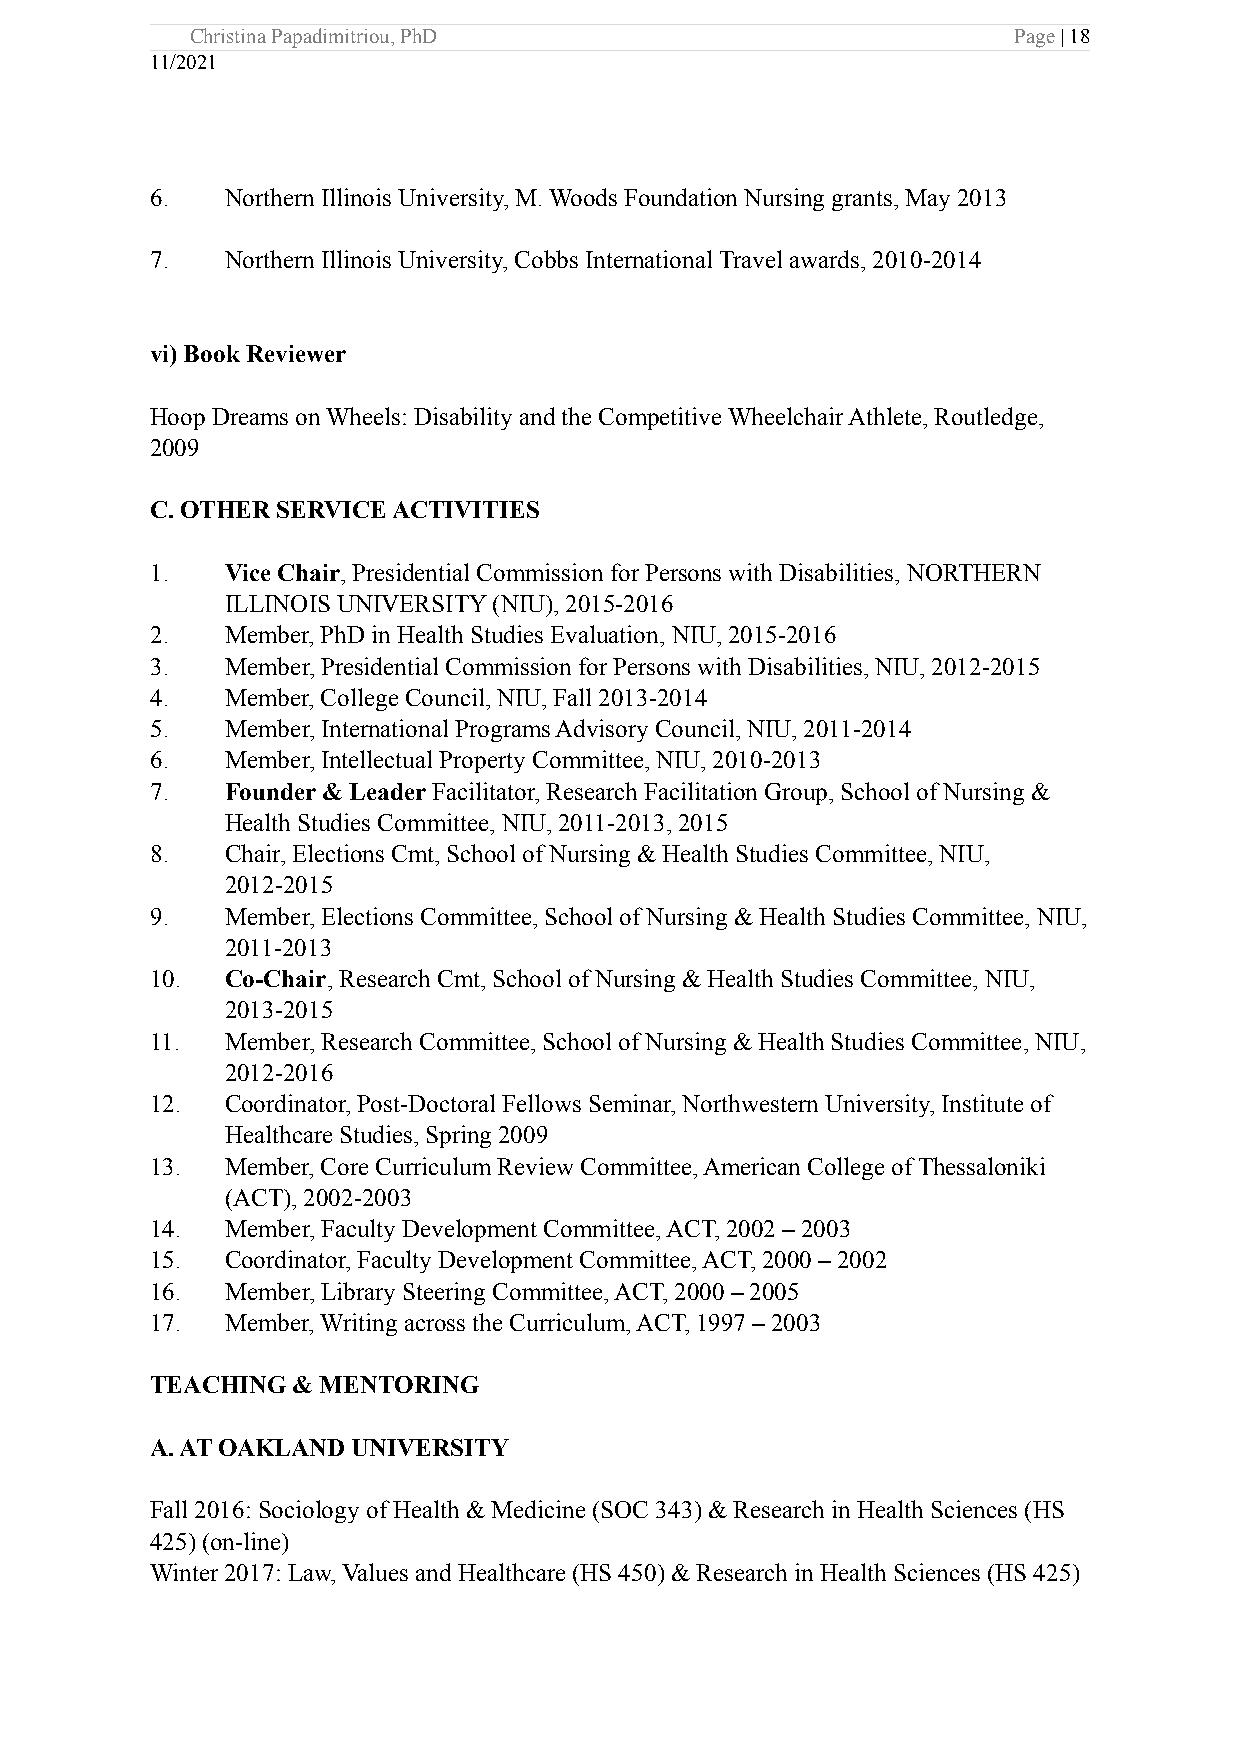
Christina Papadimitriou, PhD                          Page | 18
 11/2021
 6.   Northern Illinois University, M. Woods Foundation Nursing grants, May 2013
 7.   Northern Illinois University, Cobbs International Travel awards, 2010-2014
 vi) Book Reviewer
 Hoop Dreams on Wheels: Disability and the Competitive Wheelchair Athlete, Routledge,
 2009
 C. OTHER SERVICE ACTIVITIES
 1.   Vice Chair, Presidential Commission for Persons with Disabilities, NORTHERN
 ILLINOIS UNIVERSITY (NIU), 2015-2016
 2.   Member, PhD in Health Studies Evaluation, NIU, 2015-2016
 3.   Member, Presidential Commission for Persons with Disabilities, NIU, 2012-2015
 4.   Member, College Council, NIU, Fall 2013-2014
 5.   Member, International Programs Advisory Council, NIU, 2011-2014
 6.   Member, Intellectual Property Committee, NIU, 2010-2013
 7.   Founder & Leader Facilitator, Research Facilitation Group, School of Nursing &
 Health Studies Committee, NIU, 2011-2013, 2015
 8.   Chair, Elections Cmt, School of Nursing & Health Studies Committee, NIU,
 2012-2015
 9.   Member, Elections Committee, School of Nursing & Health Studies Committee, NIU,
 2011-2013
 10.  Co-Chair, Research Cmt, School of Nursing & Health Studies Committee, NIU,
 2013-2015
 11.  Member, Research Committee, School of Nursing & Health Studies Committee, NIU,
 2012-2016
 12.  Coordinator, Post-Doctoral Fellows Seminar, Northwestern University, Institute of
 Healthcare Studies, Spring 2009
 13.  Member, Core Curriculum Review Committee, American College of Thessaloniki
 (ACT), 2002-2003
 14.  Member, Faculty Development Committee, ACT, 2002 – 2003
 15.  Coordinator, Faculty Development Committee, ACT, 2000 – 2002
 16.  Member, Library Steering Committee, ACT, 2000 – 2005
 17.  Member, Writing across the Curriculum, ACT, 1997 – 2003
 TEACHING & MENTORING
 A. AT OAKLAND UNIVERSITY
 Fall 2016: Sociology of Health & Medicine (SOC 343) & Research in Health Sciences (HS
 425) (on-line)
 Winter 2017: Law, Values and Healthcare (HS 450) & Research in Health Sciences (HS 425)